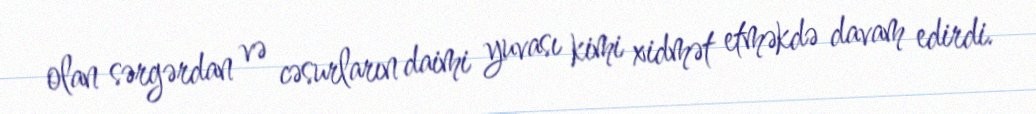
olan sərgərdan və cəsurların daimi yuvası kimi xidmət etməkdə davam edirdi.